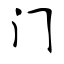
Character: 门